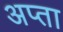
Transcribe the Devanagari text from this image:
अप्ता